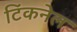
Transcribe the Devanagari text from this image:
टिंकनेल